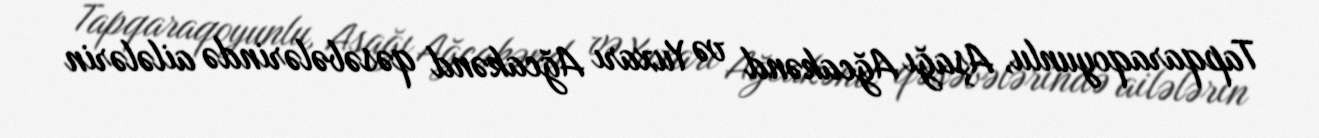
Tapqaraqoyunlu, Aşağı Ağcakənd və Yuxarı Ağcakənd qəsəbələrində ailələrin